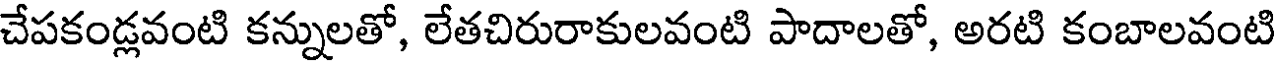
చేపకండ్లవంటి కన్నులతో, లేతచిరురాకులవంటి పాదాలతో, అరటి కంబాలవంటి